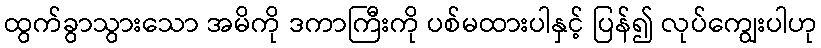
ထွက်ခွာသွားသော အမိကို ဒကာကြီးကို ပစ်မထားပါနှင့် ပြန်၍ လုပ်ကျွေးပါဟု